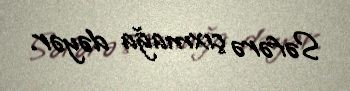
Səfərə çıxmağa dəyər.